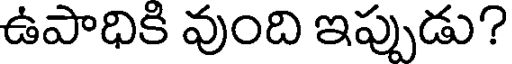
ఉపాధికి వుంది ఇప్పుడు?